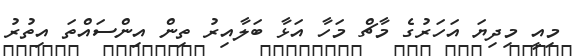
މިއީ މިދިޔަ އަހަރުގެ މާޗް މަހާ އަޅާ ބަލާއިރު ތިން އިންސައްތަ އިތުރު